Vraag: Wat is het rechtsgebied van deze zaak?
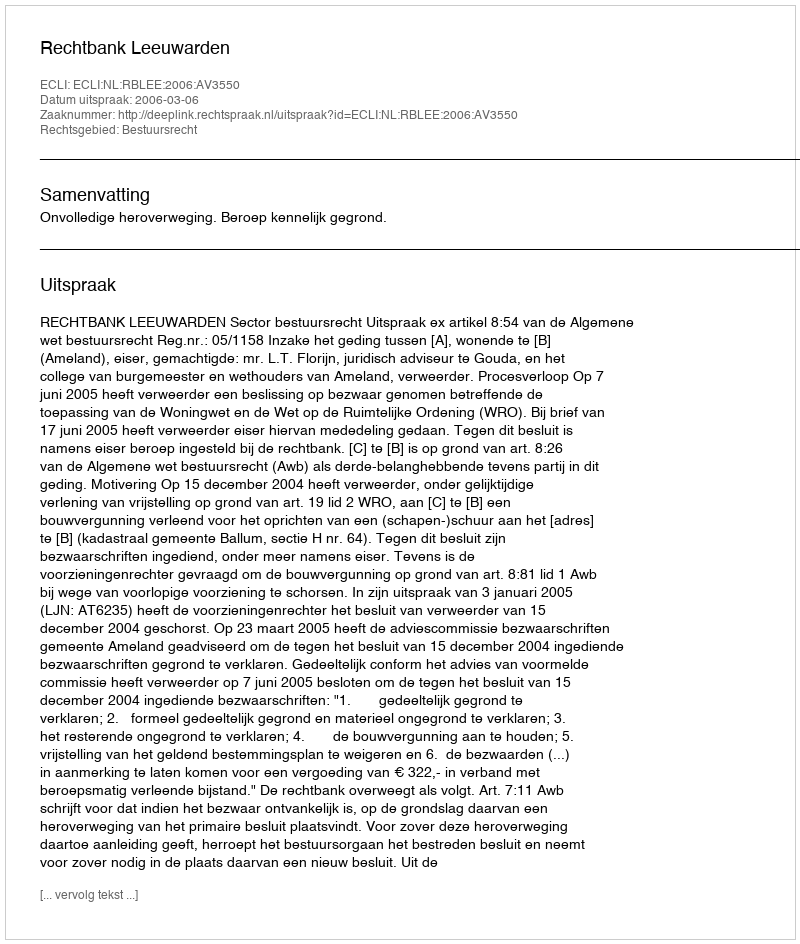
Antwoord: Bestuursrecht